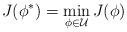
LaTeX: \begin{align*}J(\phi^*) = \min_{\phi \in \mathcal{U}} J(\phi)\end{align*}